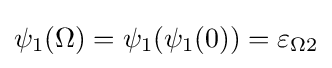
\psi _{1}(\Omega )=\psi _{1}(\psi _{1}(0))=\varepsilon _{\Omega 2}